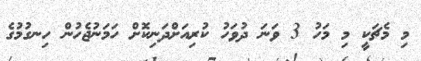
މި މެޗަކީ މި މަހު 3 ވަނަ ދުވަހު ކުރިއަށްދަނިކޮށް ހަމަނުޖެހުން ހިނގުމުގެ